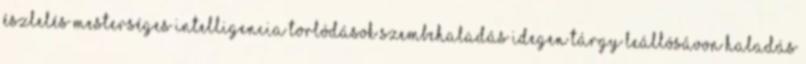
észlelés mesterséges intelligencia Torlódások Szembehaladás Idegen tárgy Leállósávon haladás